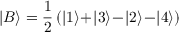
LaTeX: | B \rangle = \frac { 1 } { 2 } \, ( | 1 \rangle \! + \! | 3 \rangle \! - \! | 2 \rangle \! - \! | 4 \rangle )